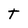
Character: T